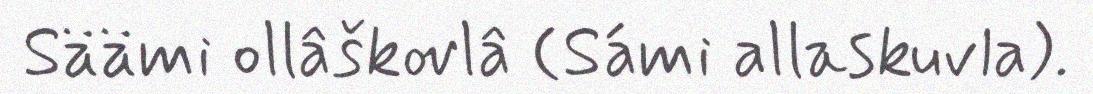
Säämi ollâškovlâ (Sámi allaskuvla).